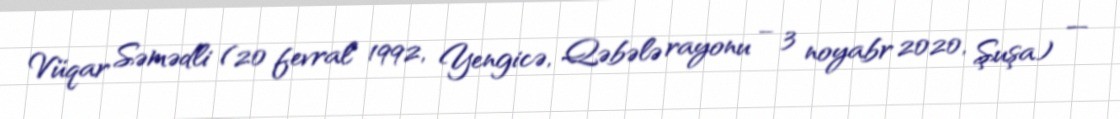
Vüqar Səmədli (20 fevral 1992, Yengicə, Qəbələ rayonu – 3 noyabr 2020, Şuşa) —